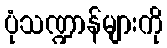
ပုံသဏ္ဍာန်များကို